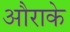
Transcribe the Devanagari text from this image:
औराके